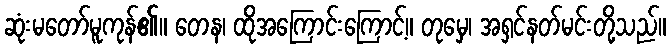
ဆုံးမတော်မူကုန်၏။ တေန၊ ထိုအကြောင်းကြောင့်။ တုမှေ၊ အရှင်နတ်မင်းတို့သည်။